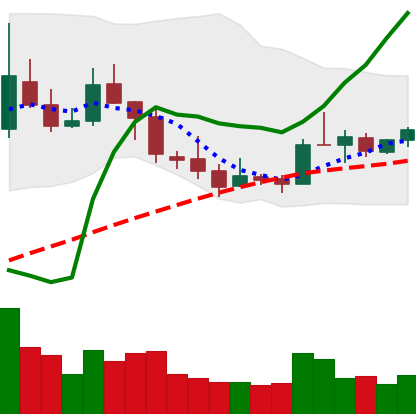
Ticker: TRX-USD
Chart end date: 2019-02-23
Forward return: -6.239%
Label: down_5_7